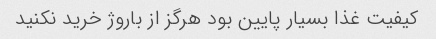
کیفیت غذا بسیار پایین بود هرگز از باروژ خرید نکنید